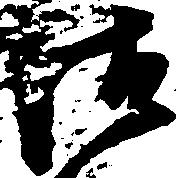
御